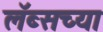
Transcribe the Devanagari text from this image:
लॅब्सच्या